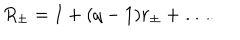
R _ { \pm } = I + ( q - 1 ) r _ { \pm } + \dots .